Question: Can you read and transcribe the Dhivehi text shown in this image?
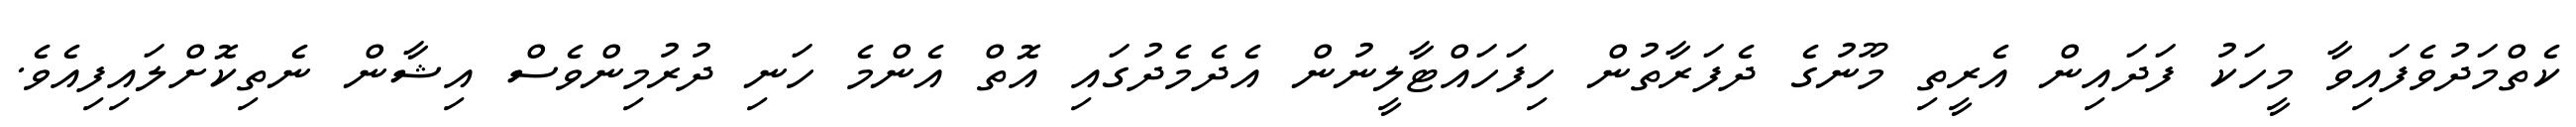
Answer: ކެތްމަދުވެފައިވާ މީހަކު ފަދައިން އެރީތި މޫނުގެ ދެފަރާތުން ހިފަހައްޓާލީނުން އެދެމެދުގައި އޮތް އެންމެ ހަނި ދުރުމިންވެސް އިޝާން ނެތިކޮށްލައިފިއެވެ.